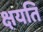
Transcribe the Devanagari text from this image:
क्षयति